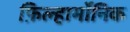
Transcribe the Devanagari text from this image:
फ़िल्हार्मोनिक